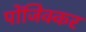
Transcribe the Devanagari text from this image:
पोंजिक्कर